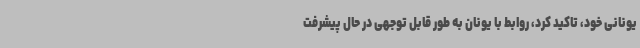
یونانی خود، تاکید کرد، روابط با یونان به طور قابل توجهی در حال پیشرفت